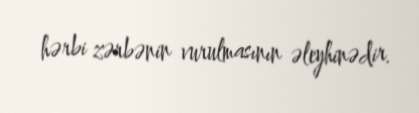
hərbi zərbənin vurulmasının əleyhinədir.